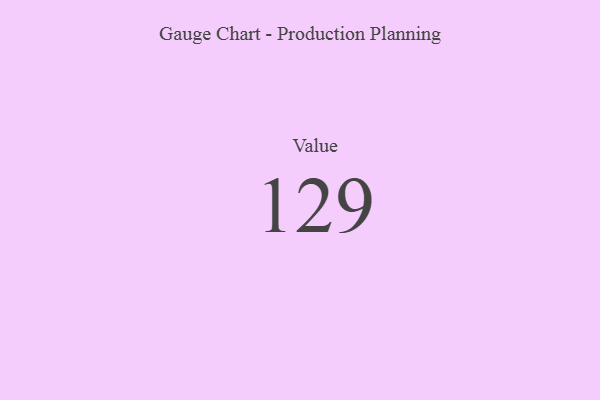
{"axis": {"x": "Metric", "y": "Value"}, "legend": [""], "data": [{"x": "Value", "y": 129, "type": ""}]}